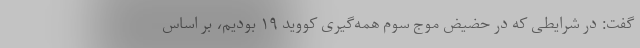
گفت: در شرایطی که در حضیض موج سوم همه‌گیری کووید ۱۹ بودیم، بر اساس